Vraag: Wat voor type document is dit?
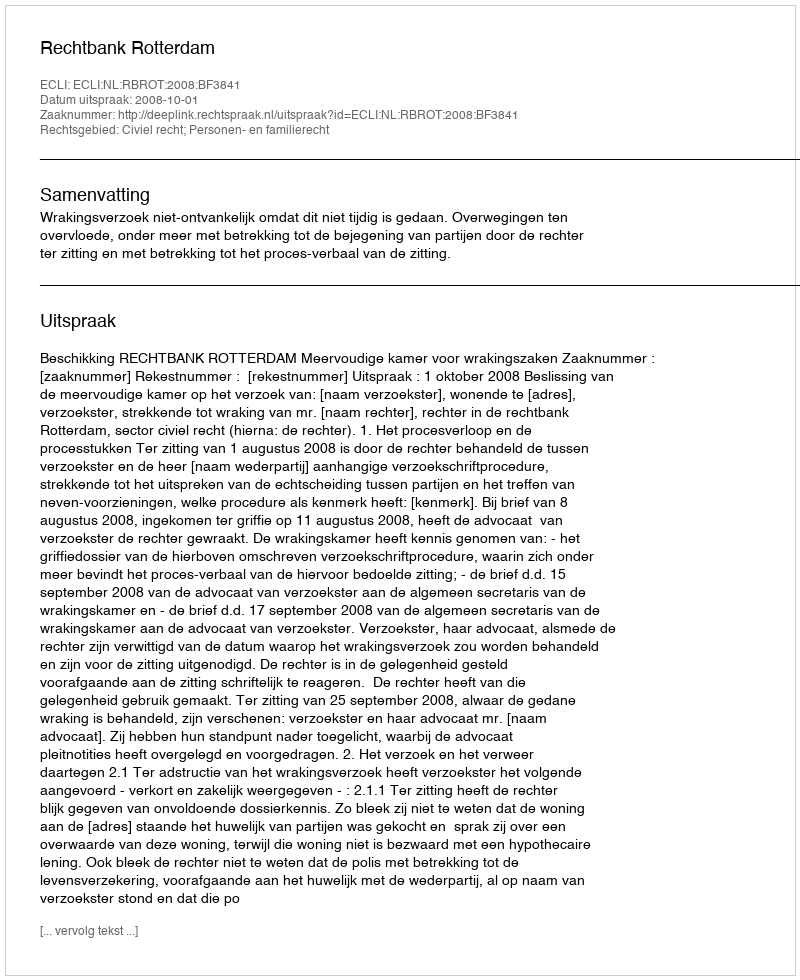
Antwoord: Uitspraak